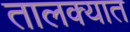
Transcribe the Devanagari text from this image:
तालक्यात